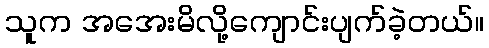
သူက အအေးမိလို့ကျောင်းပျက်ခဲ့တယ်။